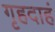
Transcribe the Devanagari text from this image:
गृहदाहं